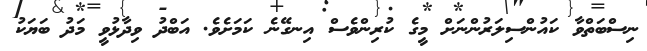
ނިސްބަތްވާ ކައުންސިލަރުންނަށް މީގެ ކުރިންވެސް އިނގޭނެ ކަމަށެވެ. އަބްދު ވިދާޅުވީ މަދު ބަޔަކު